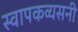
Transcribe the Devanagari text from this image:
स्वापकव्यसनी